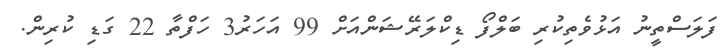
ފަލަސްތީނު އަޅުވެތިކުރި ބަލްފޯ ޑިކްލަރޭޝަންއަށް 99 އަހަރު3 ހަފްތާ 22 ގަޑި ކުރިން.